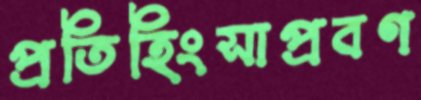
প্রতিহিংসাপ্রবণ